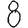
Digit: 8